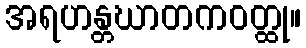
အရဟန္တဃာတကဝတ္ထု။